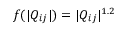
f ( | Q _ { i j } | ) = | Q _ { i j } | ^ { 1 . 2 }